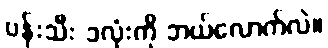
ပန်းသီး ၁လုံးကို ဘယ်လောက်လဲ။